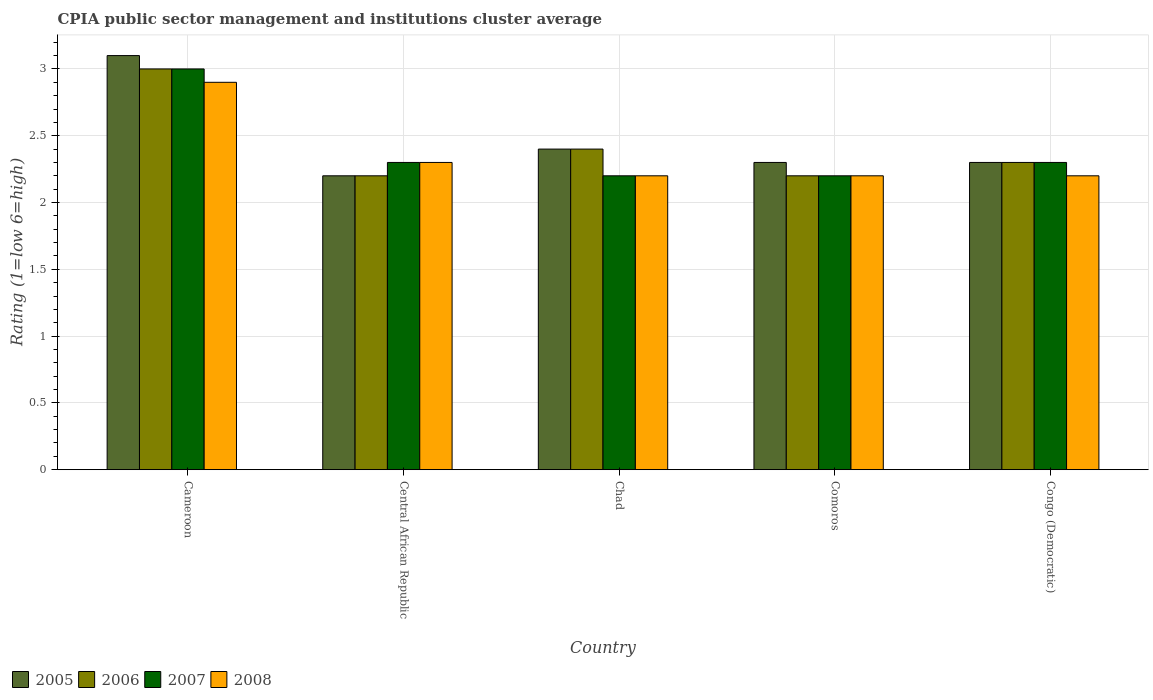
| Country | 2005 | 2006 | 2007 | 2008 |
 | --- | --- | --- | --- | --- |
 | Cameroon | 3.1 | 3 | 3 | 2.9 |
 | Central African Republic | 2.2 | 2.2 | 2.3 | 2.3 |
 | Chad | 2.4 | 2.4 | 2.2 | 2.2 |
 | Comoros | 2.3 | 2.2 | 2.2 | 2.2 |
 | Congo (Democratic) | 2.3 | 2.3 | 2.3 | 2.2 |